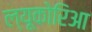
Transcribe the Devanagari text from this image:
ल्यूकोरिआ